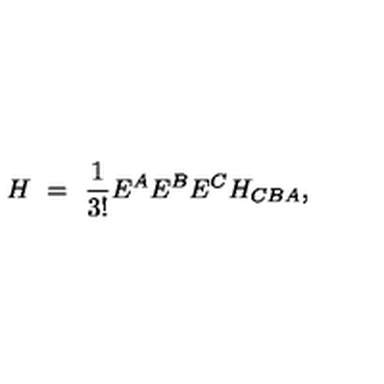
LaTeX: H \ = \ \frac { 1 } { 3 ! } E ^ { A } E ^ { B } E ^ { C } H _ { C B A } ,